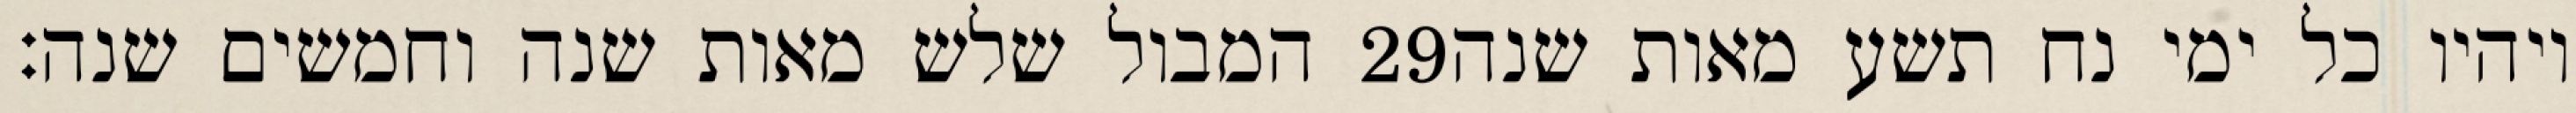
המבול שלש מאות שנה וחמשים שנה׃ ‎29‏ ויהיו כל ימי נח תשע מאות שנה